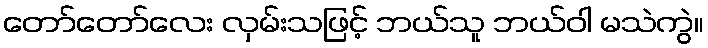
တော်တော်လေး လှမ်းသဖြင့် ဘယ်သူ ဘယ်ဝါ မသဲကွဲ။